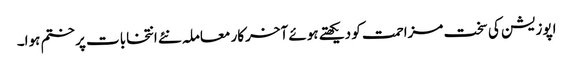
اپوزیشن کی سخت مزاحمت کو دیکھتے ہوئے آخرکار معاملہ نئے انتخابات پر ختم ہوا۔